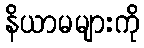
နိယာမများကို